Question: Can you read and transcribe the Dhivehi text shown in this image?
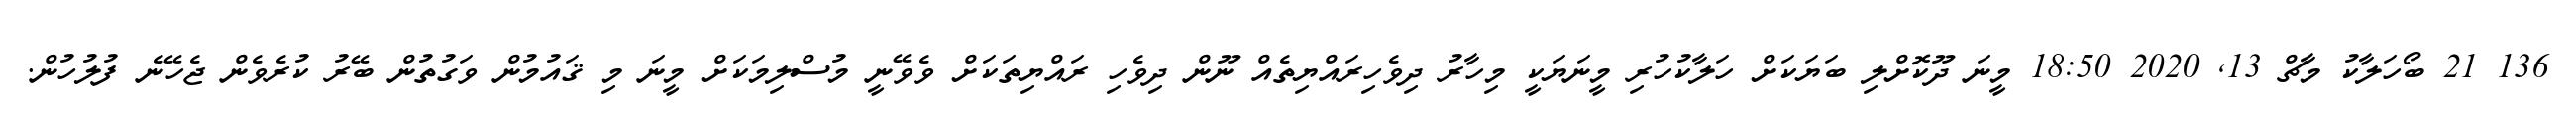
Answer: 136 21 ބޯހަލާކު މާޗް 13, 2020 18:50 މީނަ ދޫކޮށްލި ބަޔަކަށް ހަލާކުހުރި މީނަޔަކީ މިހާރު ދިވެހިރައްޔިތެއް ނޫން ދިވެހި ރައްޔިތަކަށް ވެވޭނީ މުސްލިމަކަށް މީނަ މި ޤައުމުން ވަގުތުން ބޭރު ކުރެވެން ޖެހޭނެ ފުލުހުން.